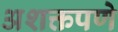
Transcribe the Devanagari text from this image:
अशक्तपणे